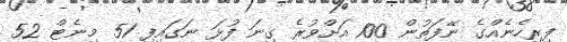
ފިރިހެނެއްގެ ނޭފަތުން 100 އަށްވުރެ ގިނަ ފުޅަ ނަގައިފި 51 މިނެޓް 52